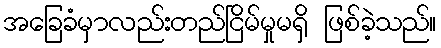
အခြေခံမှာလည်းတည်ငြိမ်မှုမရှိ ဖြစ်ခဲ့သည်။